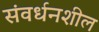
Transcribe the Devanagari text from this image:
संवर्धनशील